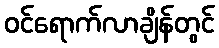
ဝင်ရောက်လာချိန်တွင်